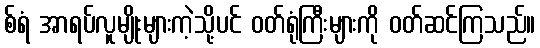
စ်ရံ အာရပ်လူမျိုးများကဲ့သို့ပင် ဝတ်ရုံကြီးများကို ဝတ်ဆင်ကြသည်။